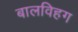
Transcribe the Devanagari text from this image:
बालविहग